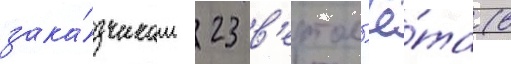
зака́зчикам 23 в'ертол'ё́та (в